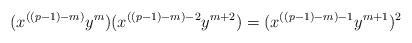
LaTeX: \begin{align*}(x^{((p-1)-m)} y^m)(x^{((p-1)-m)-2} y^{m+2}) = (x^{((p-1)-m)-1} y^{m+1})^2\end{align*}